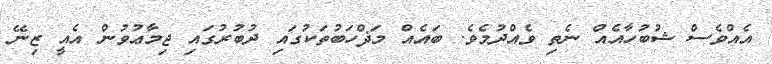
އެއްވެސް ޝުބުހާއެއް ނެތި ވެއްދުމެވެ. ބައެއް މަޛްހަބުތަކުގައި ދުބުރުގައި ޖިމާޢުވުން އެއީ ޒިނޭ